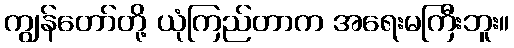
ကျွန်တော်တို့ ယုံကြည်တာက အရေးမကြီးဘူး။